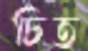
চিত